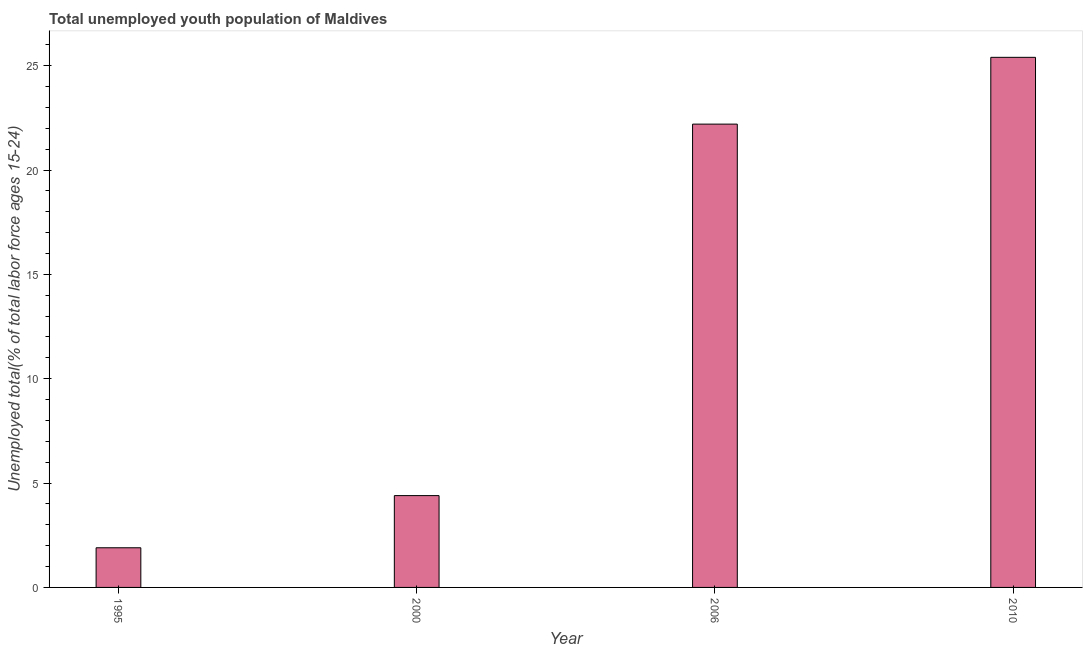
| Year | Unemployment youth total |
 | --- | --- |
 | 1995 | 1.9 |
 | 2000 | 4.4 |
 | 2006 | 22.2 |
 | 2010 | 25.4 |